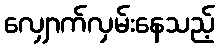
လျှောက်လှမ်းနေသည့်